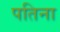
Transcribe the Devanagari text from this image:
पतिना